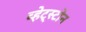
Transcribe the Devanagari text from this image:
व्हेट्स्टोन